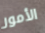
الأمور